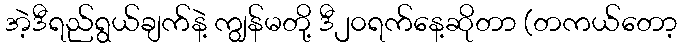
အဲ့ဒီရည်ရွယ်ချက်နဲ့ ကျွန်မတို့ ဒီ၂၀ရက်နေ့ဆိုတာ (တကယ်တော့